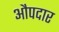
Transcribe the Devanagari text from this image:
औपदार